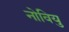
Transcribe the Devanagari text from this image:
नोवियु